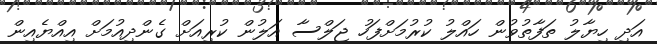
އަދި ހިޔާލު ތަފާތުވުން ހައްލު ކުރުމަށްފަހު ޖަލްސާ އަލުން ކުރިއަށް ގެންދިއުމަށް އިއްޔެއިން